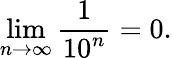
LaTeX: \operatorname*{lim}_{n\rightarrow\infty}{\frac{1}{10^{n}}}=0.